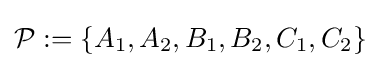
{\mathcal {P}}:=\{A_{1},A_{2},B_{1},B_{2},C_{1},C_{2}\}\